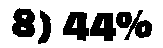
8) 44%